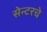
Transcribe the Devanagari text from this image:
सेन्टरचे